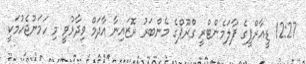
12:27 ޑީއާރްޕީގެ ޕާލަމެންޓްރީ ގްރޫޕްގެ މެންބަރު ރޮޒައިނާ އާދަމް ވިދާޅުވީ މި ހަމަނުޖެހުމަކީ